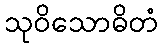
သုဝိသောဓိတံ